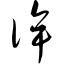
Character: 侔